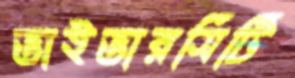
ভাইভারসিটি